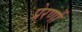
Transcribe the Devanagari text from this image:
प्रेरणों